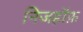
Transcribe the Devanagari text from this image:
निजहॉफ़